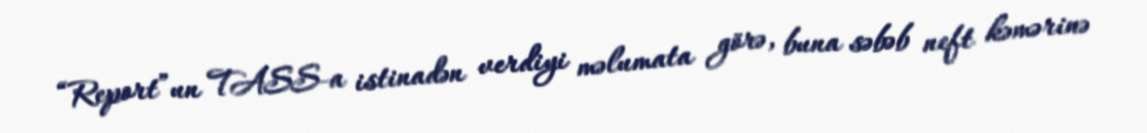
“Report”un TASS-a istinadən verdiyi məlumata görə, buna səbəb neft kəmərinə